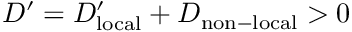
D ^ { \prime } = D _ { \mathrm { l o c a l } } ^ { \prime } + D _ { \mathrm { n o n - l o c a l } } > 0